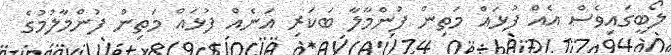
ލޯބީގައިވެސް އެއް ފުޅައް މަތިން ފުންމާލާ ބަކަރި އަނެއް ފުޅައް މަތިން ފުންމާލުމުގެ